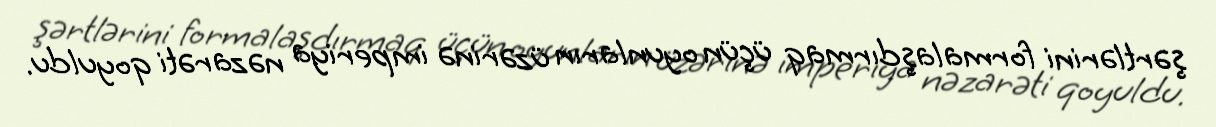
şərtlərini formalaşdırmaq üçün oyunların üzərinə imperiya nəzarəti qoyuldu.